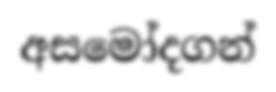
අසමෝදගන්